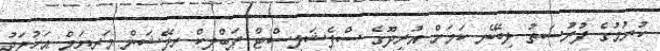
ކުރުމުގެ ފުރުސަތު ލިބޭނެ ކަމަށް އުރީދޫގެ ސްޕެޝަލިސްޓް ޕަބްލިކް ރިލޭޝަން މަރިޔަމް އަހުމަދު